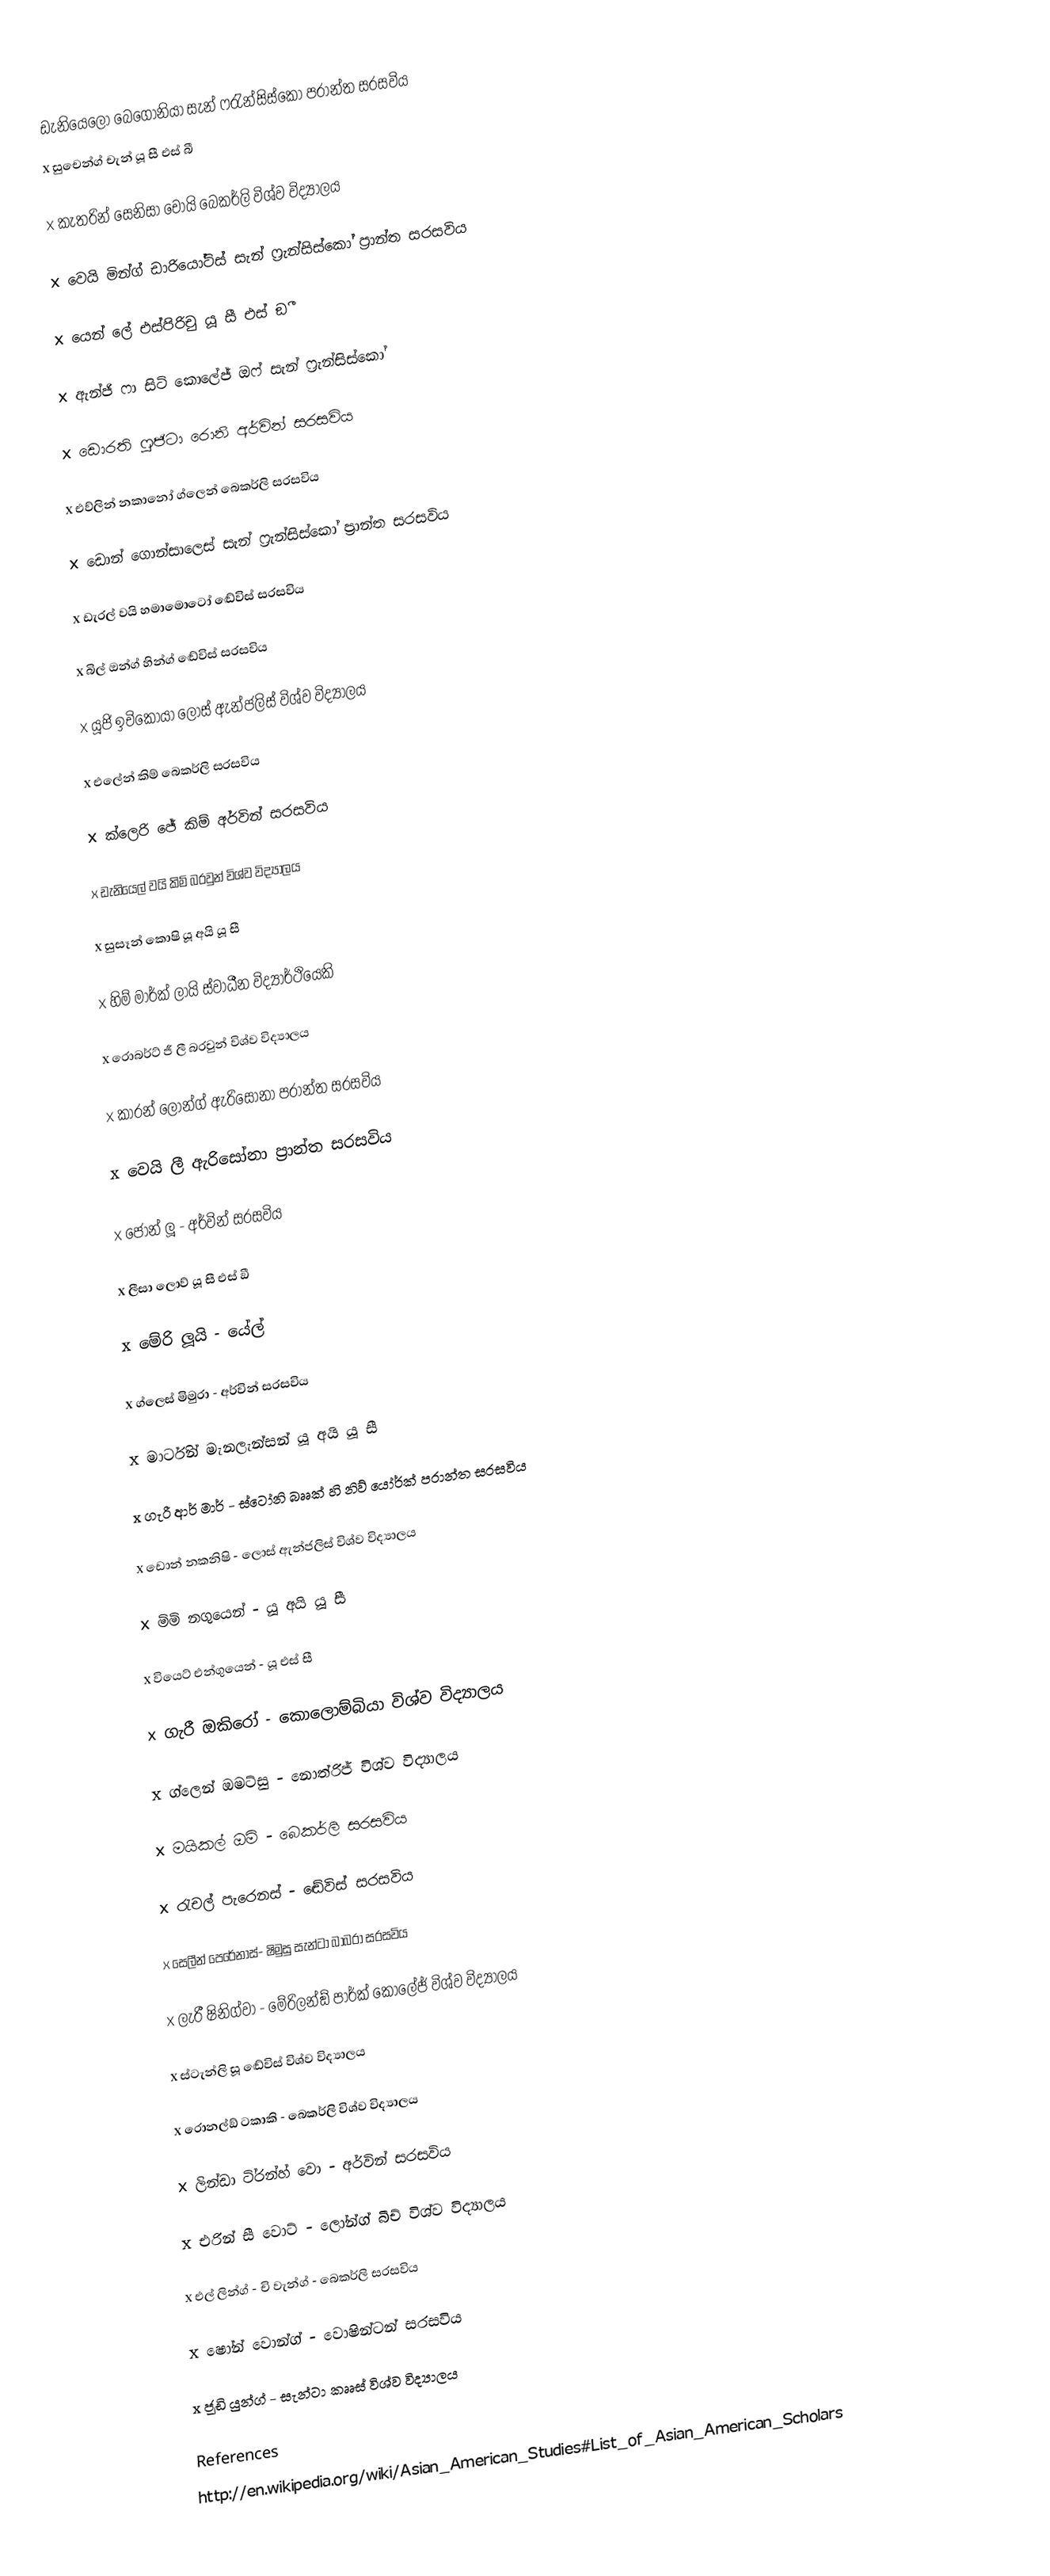
ඩැනියෙලෝ බෙගෝනියා සැන් ෆ‍්‍රැන්සිස්කෝ ප‍්‍රාන්ත සරසවිය
x      සුචෙන්ග් චැන් යූ සී එස් බී

x	කැතරින් සෙනිසා චොයි බෙකර්ලි විශ්ව විද්‍යාලය

x	වෙයි මින්ග් ඩාරියෝටිස් සැන් ෆ‍්‍රැන්සිස්කෝ ප‍්‍රාන්ත සරසවිය

x	යෙන් ලේ එස්පිරිචු යූ සී එස් ඞී

x	ඇන්ජි ෆා සිටි කොලේජ් ඔෆ් සැන් ෆ‍්‍රැන්සිස්කෝ

x	ඩොරති ෆුජිටා රොනි අර්වින් සරසවිය

x	එව්ලින් නකානෝ ග්ලෙන් බෙකර්ලි සරසවිය

x	ඩොන් ගොන්සාලෙස් සැන් ෆ‍්‍රැන්සිස්කෝ ප‍්‍රාන්ත සරසවිය

x	ඩැරල් වයි හමාමොටෝ ඬේවිස් සරසවිය

x	බිල් ඔන්ග් හින්ග් ඬේවිස් සරසවිය

x	යූජි ඉචිකෝයා ලොස් ඇන්ජලිස් විශ්ව විද්‍යාලය

x	එලේන් කිම් බෙකර්ලි සරසවිය

x	ක්ලෙරි ජේ කිම් අර්වින් සරසවිය

x	ඩැනියෙල් වයි කිම් බ‍්‍රවුන් විශ්ව විද්‍යාලය

x	සුසෑන් කොෂි යූ අයි යූ සී

x	හිම් මාර්ක් ලායි ස්වාධීන විද්‍යාර්ථියෙකි

x	රොබර්ට් ජී ලී බ‍්‍රවුන් විශ්ව විද්‍යාලය

x	කාරන් ලොන්ග් ඇරිසෝනා ප‍්‍රාන්ත සරසවිය

x	වෙයි ලී ඇරිසෝනා ප‍්‍රාන්ත සරසවිය

x	ජෝන් ලූ - අර්වින් සරසවිය

x	ලීසා ලොව් යූ සී එස් ඞී

x	මේරි ලූයි - යේල්

x	ග්ලෙස් මිමුරා - අර්වින් සරසවිය

x	මාර්ටින් මැනලැන්සන් යූ අයි යූ සී

x	ගැරී ආර් මාර් - ස්ටෝනි බෲක් හි නිව් යෝර්ක් ප‍්‍රාන්ත සරසවිය

x	ඩොන් නකනිෂි - ලොස් ඇන්ජලිස් විශ්ව විද්‍යාලය

x	මිමි නගුයෙන් - යූ අයි යූ සී

x	වියෙට් එන්ගුයෙන් - යූ එස් සී

x	ගැරී ඔකිරෝ - කොලොම්බියා විශ්ව විද්‍යාලය

x	ග්ලෙන් ඔමට්සු - නොත්රිජ් විශ්ව විද්‍යාලය

x	මයිකල් ඔමි - බෙකර්ලි සරසවිය

x	රැචල් පැරෙනස් - ඬේවිස් සරසවිය

x	සෙලීන් පෙරේනාස්- ෂිමුසු සැන්ටා බාබරා සරසවිය

x	ලැරී ෂිනිග්වා  - මේරිලන්ඞ් පාර්ක් කොලේජ් විශ්ව විද්‍යාලය

x	ස්ටැන්ලි සූ ඬේවිස් විශ්ව විද්‍යාලය

x	රොනල්ඞ් ටකාකි - බෙකර්ලි විශ්ව විද්‍යාලය

x	ලින්ඩා ටි‍්‍රන්හ් වො - අර්වින් සරසවිය

x	එරින් සී වොට් - ලෝන්ග් බීච් විශ්ව විද්‍යාලය

x	එල් ලින්ග් - චි වැන්ග් - බෙකර්ලි සරසවිය

x	ෂෝන් වොන්ග් - වොෂින්ටන් සරසවිය

x	ජූඩි යුන්ග් - සැන්ටා කෲස් විශ්ව විද්‍යාලය

References
http://en.wikipedia.org/wiki/Asian_American_Studies#List_of_Asian_American_Scholars